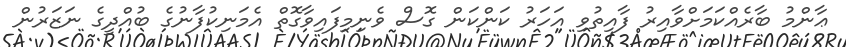
ޢާންމު ބާރެއްކަމަށްވާއިރު ފާއިތުވި އަހަރު ކަންކަން ގޮސް ވެނިމިފައިވާގޮތް އެމަނިކުފާނުގެ ބުއްދީގެ ނަޒަރުން